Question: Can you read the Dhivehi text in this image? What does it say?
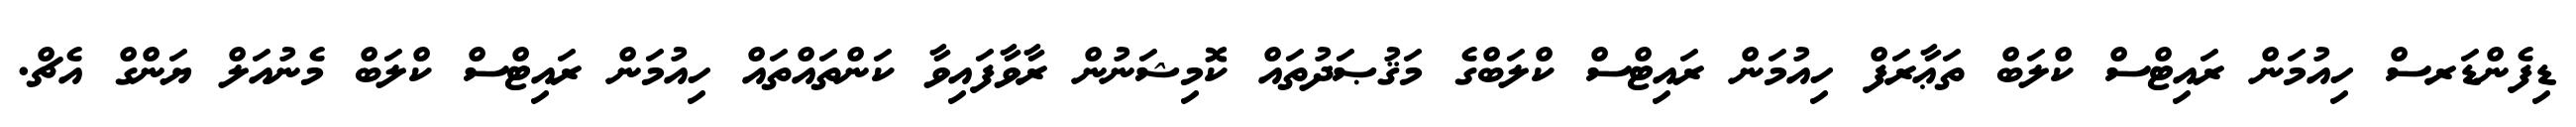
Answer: ޑިފެންޑަރސް ހިއުމަން ރައިޓްސް ކްލަބް ތަޢާރަފް ހިއުމަން ރައިޓްސް ކްލަބްގެ މަޤުޞަދުތައް ކޮމިޝަނުން ރާވާފައިވާ ކަންތައްތައް ހިއުމަން ރައިޓްސް ކްލަބް މެނުއަލް ޔަންގް އެޗް.